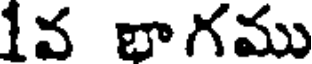
1వ భాగము